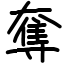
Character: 奪